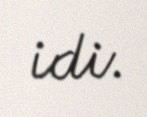
idi.